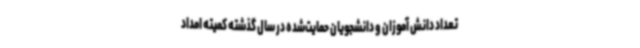
تعداد دانش آموزان و دانشجویان حمایت‌شده در سال گذشته کمیته امداد